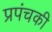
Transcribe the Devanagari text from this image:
प्रपंचकी